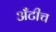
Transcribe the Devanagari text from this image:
अँटीच